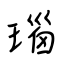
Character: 瑙